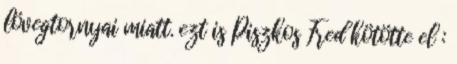
lövegtornyai miatt. ezt is Piszkos Fred kötötte el :